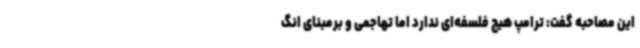
این مصاحبه گفت: ترامپ هیچ فلسفه‌ای ندارد اما تهاجمی و برمبنای انگ